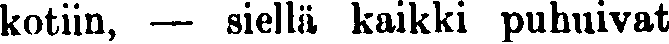
kotiin, — siellä kaikki puhuivat